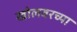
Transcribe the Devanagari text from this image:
खोलवरच्या